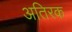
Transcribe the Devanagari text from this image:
अतिरक